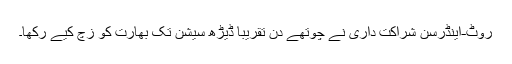
روٹ-اینڈرسن شراکت داری نے چوتھے دن تقریباً ڈیڑھ سیشن تک بھارت کو زچ کیے رکھا۔